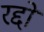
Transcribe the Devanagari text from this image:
रद्दो